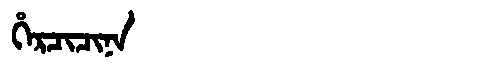
Manchu: ᡥᡝᡵᠴᡳᠴᡳᠨᠠ
Romanization: HERCICINA